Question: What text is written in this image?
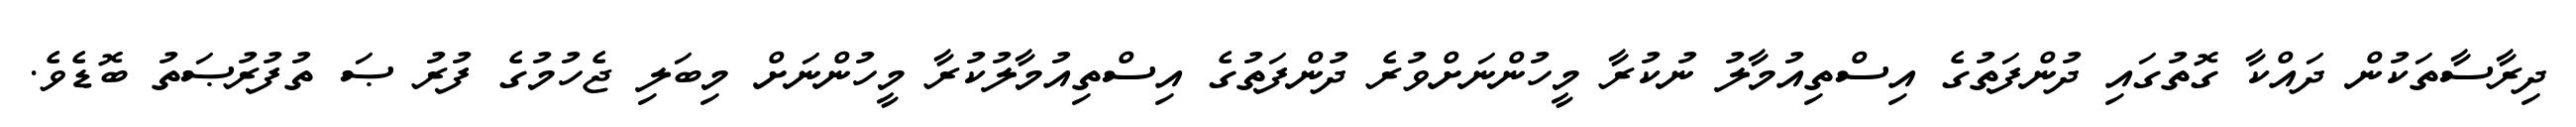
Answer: ދިރާސާތަކުން ދައްކާ ގޮތުގައި ދުންފަތުގެ އިސްތިއުމާލު ނުކުރާ މީހުންނަށްވުރެ ދުންފަތުގެ އިސްތިއުމާލުކުރާ މީހުންނަށް މިބަލި ޖެހުމުގެ ފުރު ޞަ ތުފުރުޞަތު ބޮޑެވެ.